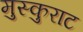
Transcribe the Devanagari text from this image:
मुस्कुराट